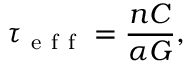
\tau _ { \mathrm { ~ e ~ f ~ f ~ } } = \frac { n C } { \alpha G } ,